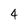
Character: 4